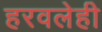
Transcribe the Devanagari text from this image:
हरवलेही